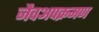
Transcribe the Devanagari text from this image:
जैवअपक्रमण